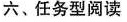
六、任务型阅读